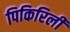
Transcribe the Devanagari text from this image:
पिकिरिली